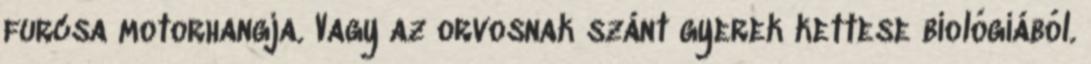
furcsa motorhangja. Vagy az orvosnak szánt gyerek kettese biológiából.